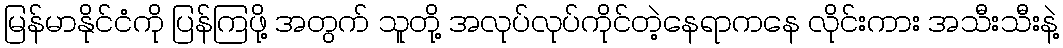
မြန်မာနိုင်ငံကို ပြန်ကြဖို့ အတွက် သူတို့ အလုပ်လုပ်ကိုင်တဲ့နေရာကနေ လိုင်းကား အသီးသီးနဲ့